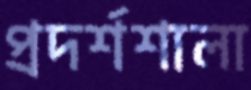
প্রদর্শশালা